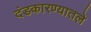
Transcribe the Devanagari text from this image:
दंडकारण्यातले